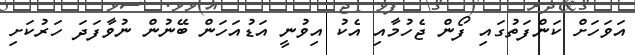
އަވަހަށް ކަންފަތުގައި ފޯން ޖެހުމާއި އެކު އިވުނީ އަޑުއަހަން ބޭނުން ނުވާފަދަ ހަރުކަށި